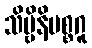
သိဗ္ဗိနိမစ္စဂူ